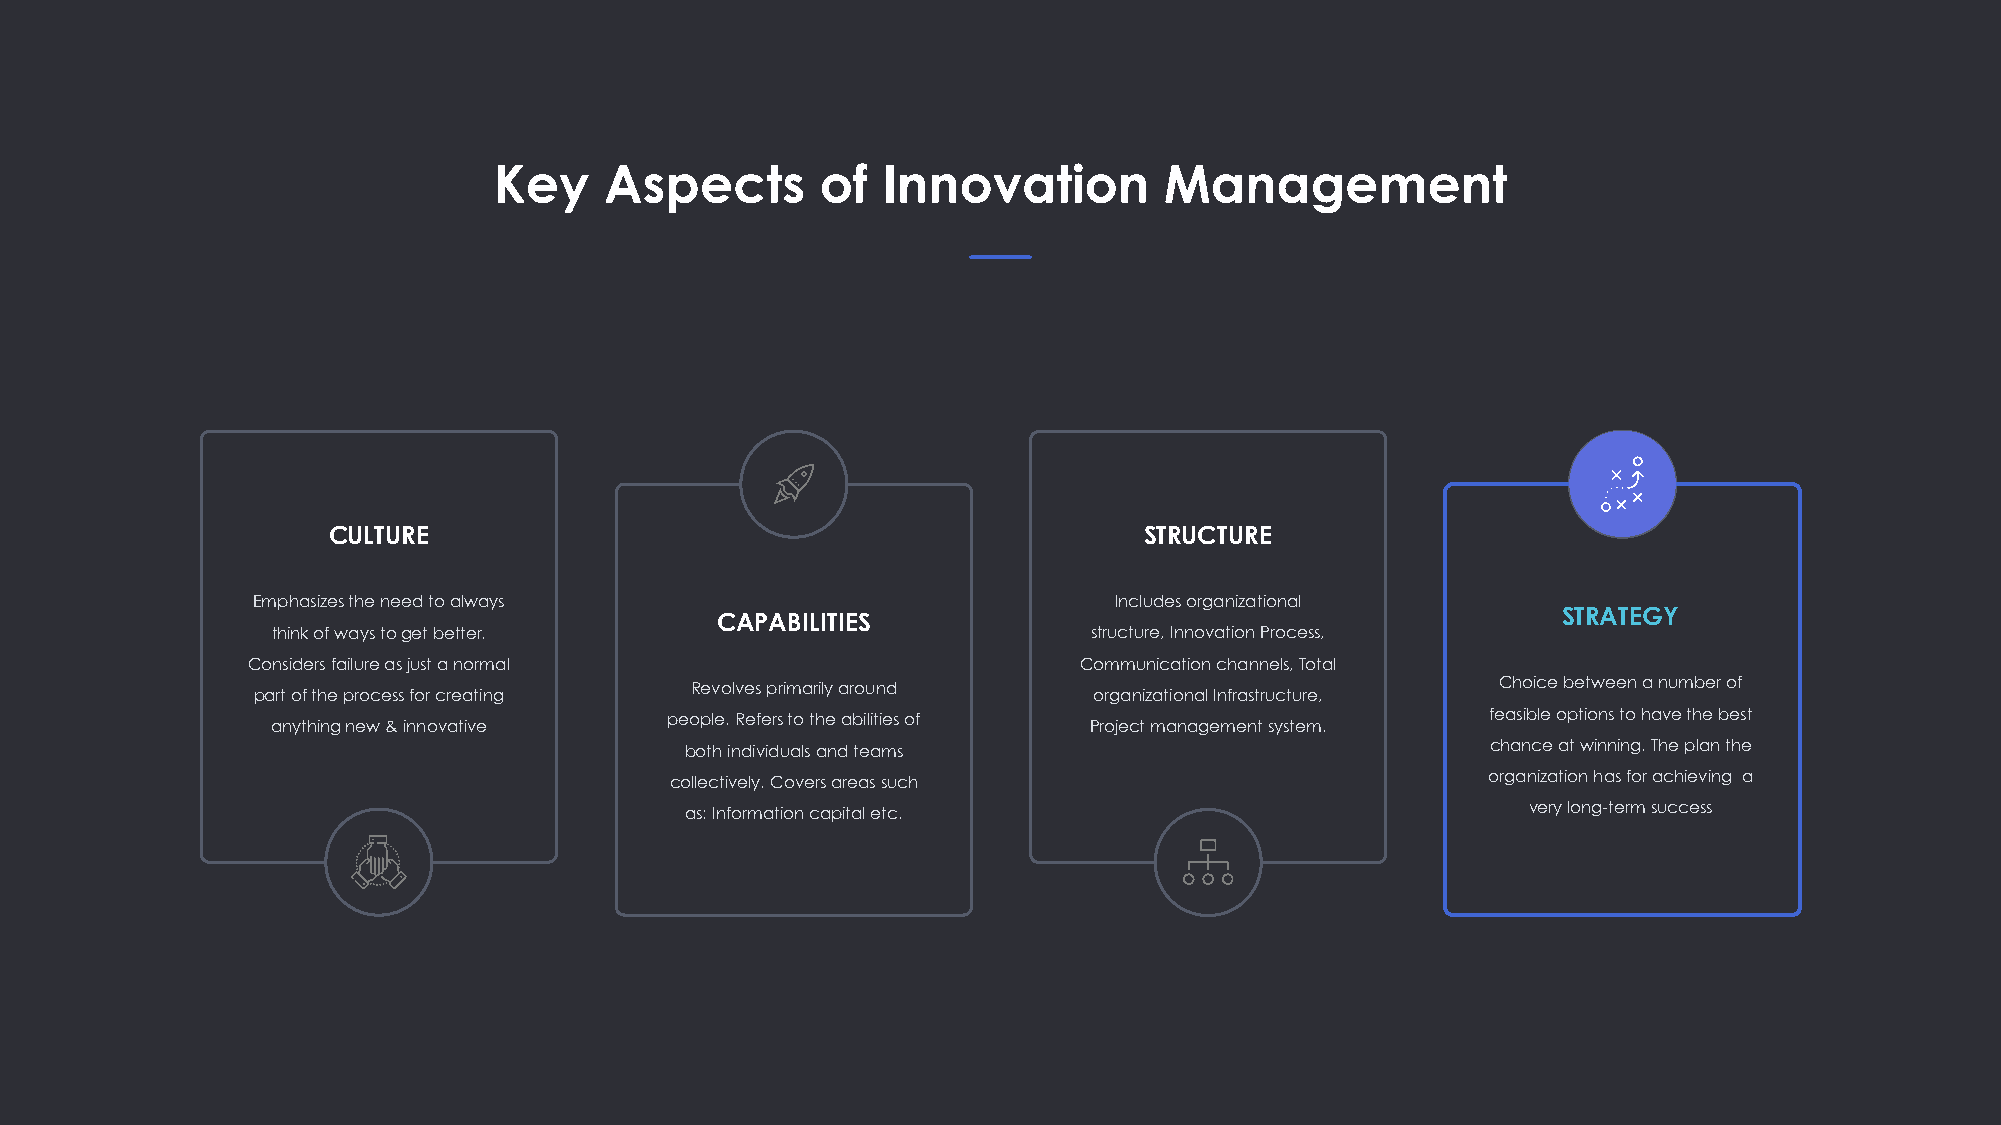
Key    Aspects       of  Innovation         Management
 CULTURE                                               STRUCTURE
 Emphasizes the need to always                            Includes organizational
 CAPABILITIES                                            STRATEGY
 think of ways to get better.                          structure, Innovation Process,
 Considers failure as just a normal                     Communication channels, Total
 Revolves primarily around                            Choice between a number of
 part of the process for creating                       organizational Infrastructure,
 people. Refers to the abilities of                     feasible options to have the best
 anything new & innovative                             Project management system.
 both individuals and teams                            chance at winning. The plan the
 collectively. Covers areas such                       organization has for achieving a
 as: Information capital etc.                            very long-term success